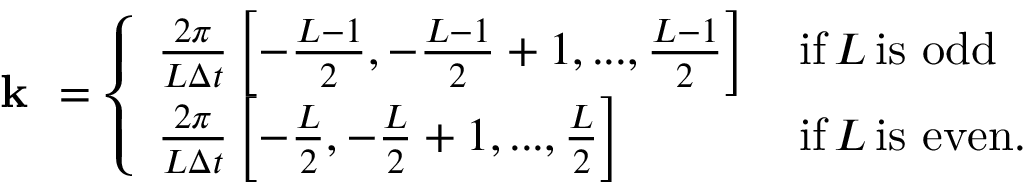
\begin{array} { r } { \textbf { k } = \left\{ \begin{array} { l l } { \frac { 2 \pi } { L \Delta t } \left[ - \frac { L - 1 } { 2 } , - \frac { L - 1 } { 2 } + 1 , . . . , \frac { L - 1 } { 2 } \right] \, } & { \mathrm { i f } \, L \, \mathrm { i s ~ o d d } } \\ { \frac { 2 \pi } { L \Delta t } \left[ - \frac { L } { 2 } , - \frac { L } { 2 } + 1 , . . . , \frac { L } { 2 } \right] \, } & { \mathrm { i f } \, L \, \mathrm { i s ~ e v e n . } } \end{array} \right. } \end{array}